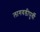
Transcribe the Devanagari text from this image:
लागवडीपुर्वी